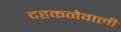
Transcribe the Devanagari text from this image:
दहकनेवाली